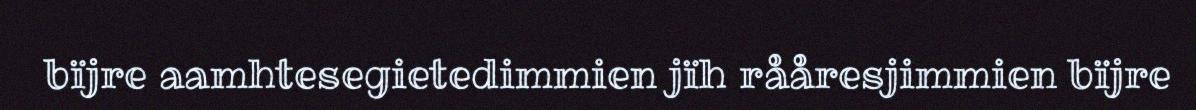
bïjre aamhtesegietedimmien jïh rååresjimmien bïjre